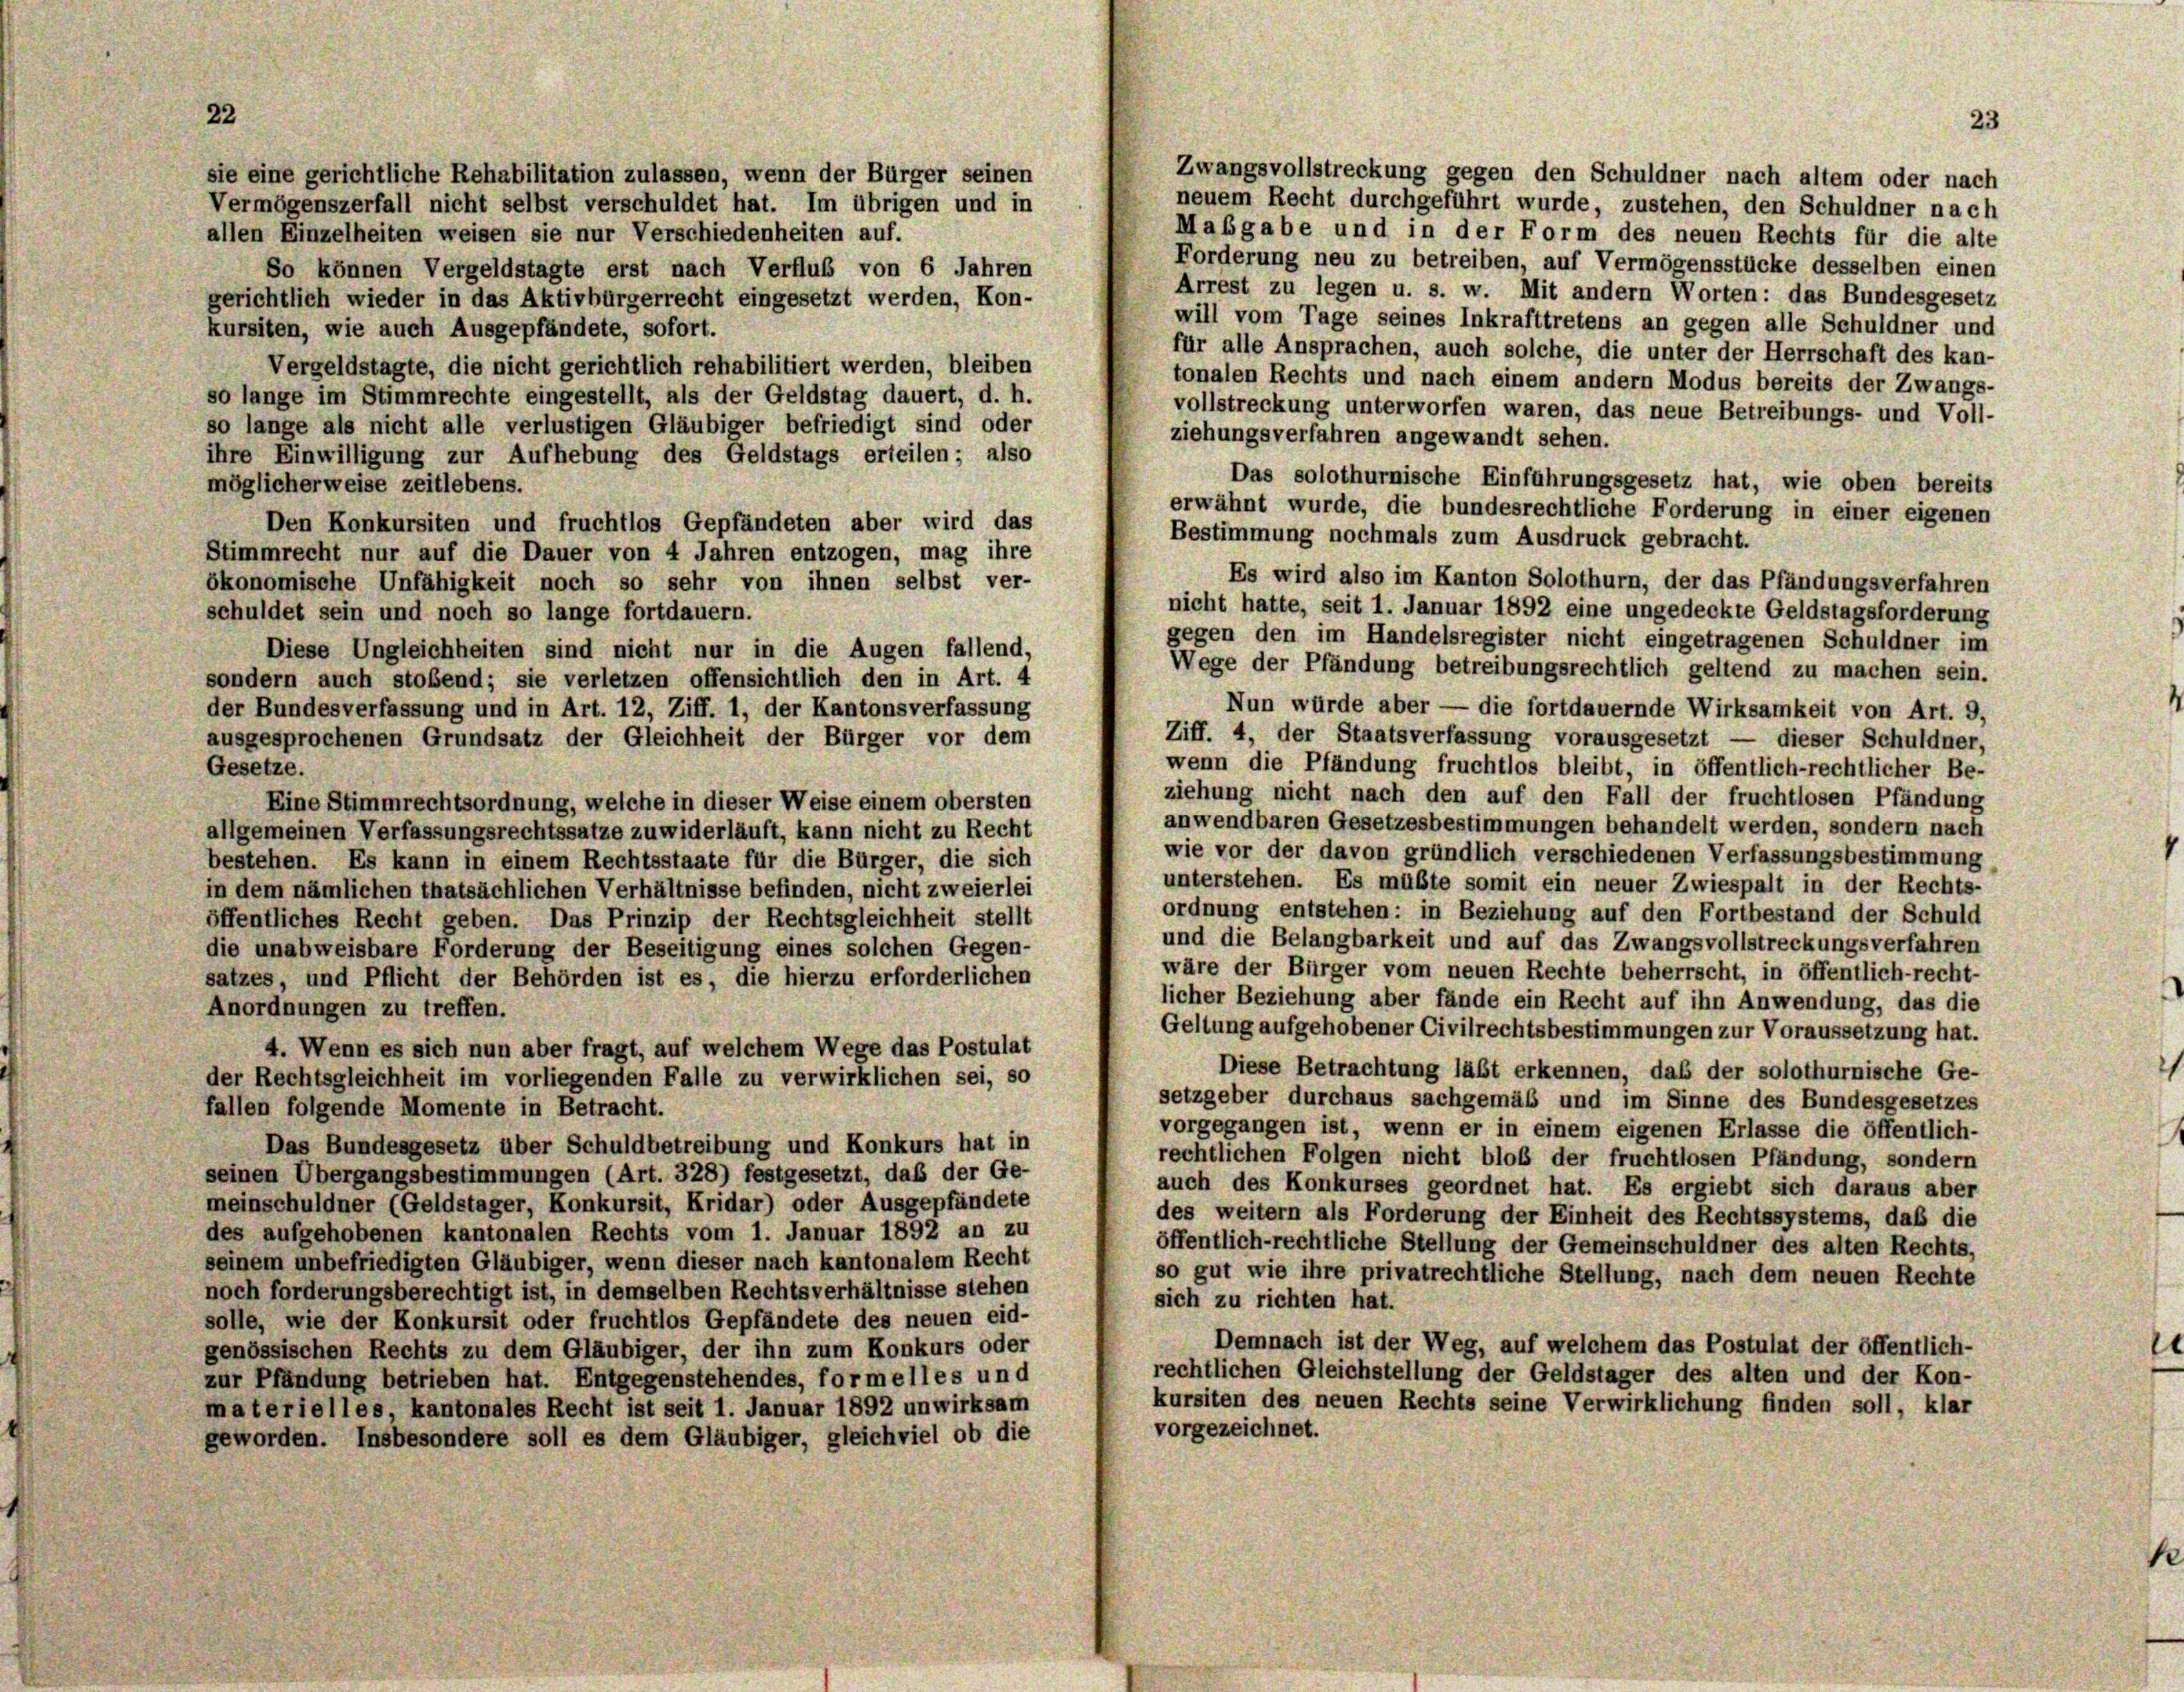
Zwangsvollstreckung gegen den Schuldner nach altem oder nach
sie eine gerichtliche Rehabilitation zulassen, wenn der Bürger seinen
neuem Recht durchgeführt wurde, zustehen, den Schuldner nach
Vermögenszerfall nicht selbst verschuldet hat. Im übrigen und in
Mabgabe und in der Form des neuen Rechts für die alte
allen Einzelheiten weisen sie nur Verschiedenheiten auf.
Forderung neu zu betreiben, auf Vermögensstücke desselben einen
So können Vergeldstagte erst nach Verfluß von 6 Jahren
Arrest zu legen u. s. w. Mit andern Worten: das Bundesgesetz
gerichtlich wieder in das Aktivbürgerrecht eingesetzt werden, Kon-
will vom Tage seines Inkrafttretens an gegen alle Schuldner und
kursiten, wie auch Ausgepfändete, sofort.
für alle Ansprachen, auch solche, die unter der Herrschaft des kan-
Vergeldstagte, die nicht gerichtlich rehabilitiert werden, bleiben
tonalen Rechts und nach einem andern Modus bereits der Zwangs-
so lange im Stimmrechte eingestellt, als der Geldstag dauert, d. h.
vollstreckung unterworfen waren, das neue Betreibungs- und Voll-
so lange als nicht alle verlustigen Gläubiger befriedigt sind oder
ziehungsverfahren angewandt sehen.
ihre Einwilligung zur Aufhebung des Geldstags erteilen; also
Das solothurnische Einführungsgesetz hat, wie oben bereits
möglicherweise zeitlebens.
erwähnt wurde, die bundesrechtliche Forderung in einer eigenen
Den Konkursiten und fruchtlos Gepfändeten aber wird das
Bestimmung nochmals zum Ausdruck gebracht.
Stimmrecht nur auf die Dauer von 4 Jahren entzogen, mag ihre
Es wird also im Kanton Solothurn, der das Pfändungsverfahren
ökonomische Unfähigkeit noch so sehr von ihnen selbst ver-
nicht hatte, seit 1. Januar 1892 eine ungedeckte Geldstagsforderung
schuldet sein und noch so lange fortdauern.
gegen den im Handelsregister nicht eingetragenen Schuldner im
Diese Ungleichheiten sind nicht nur in die Augen fallend,
Wege der Pfändung betreibungsrechtlich geltend zu machen sein.
sondern auch stoßend; sie verletzen offensichtlich den in Art. 4
Nun würde aber — die fortdauernde Wirksamkeit von Art. 9,
der Bundesverfassung und in Art. 12, Ziff. 1, der Kantonsverfassung
Ziff. 4, der Staatsverfassung vorausgesetzt — dieser Schuldner,
ausgesprochenen Grundsatz der Gleichheit der Bürger vor dem
wenn die Pfändung fruchtlos bleibt, in öffentlich-rechtlicher Be-
Gesetze.
ziehung nicht nach den auf den Fall der fruchtlosen Pfändung
Eine Stimmrechtsordnung, welche in dieser Weise einem obersten
anwendbaren Gesetzesbestimmungen behandelt werden, sondern nach
allgemeinen Verfassungsrechtssätze zuwiderläuft, kann nicht zu Recht
wie vor der davon gründlich verschiedenen Verfassungsbestimmung
bestehen. Es kann in einem Rechtsstaate für die Bürger, die sich
unterstehen. Es müßte somit ein neuer Zwiespalt in der Rechts-
in dem nämlichen thatsächlichen Verhältnisse befinden, nicht zweierlei
ordnung entstehen: in Beziehung auf den Fortbestand der Schuld
öffentliches Recht geben. Das Prinzip der Rechtsgleichheit stellt
und die Belangbarkeit und auf das Zwangsvollstreckungsverfahren
die unabweisbare Forderung der Beseitigung eines solchen Gegen-
wäre der Bürger vom neuen Rechte beherrscht, in öffentlich-recht-
satzes, und Pflicht der Behörden ist es, die hierzu erforderlichen
licher Beziehung aber fände ein Recht auf ihn Anwendung, das die
Anordnungen zu treffen.
Geltung aufgehobener Civilrechtsbestimmungen zur Voraussetzung hat.
4. Wenn es sich nun aber fragt, auf welchem Wege das Postulat
Diese Betrachtung läßt erkennen, daß der solothurnische Ge-
der Rechtsgleichheit im vorliegenden Falle zu verwirklichen sei, so
setzgeber durchaus sachgemäß und im Sinne des Bundesgesetzes
fallen folgende Momente in Betracht.
vorgegangen ist, wenn er in einem eigenen Erlasse die öffentlich-
Das Bundesgesetz über Schuldbetreibung und Konkurs hat in
rechtlichen Folgen nicht bloß der fruchtlosen Pfändung, sondern
seinen Übergangsbestimmungen (Art. 328) festgesetzt, daß der Ge-
auch des Konkurses geordnet hat. Es ergiebt sich daraus aber
meinschuldner (Geldstager, Konkursit, Kridar) oder Ausgepfändete
des weitern als Forderung der Einheit des Rechtssystems, daß die
des aufgehobenen kantonalen Rechts vom 1. Januar 1892 an zu
öffentlich-rechtliche Stellung der Gemeinschuldner des alten Rechts,
seinem unbefriedigten Gläubiger, wenn dieser nach kantonalem Recht
so gut wie ihre privatrechtliche Stellung, nach dem neuen Rechte
noch forderungsberechtigt ist, in demselben Rechtsverhältnisse stehen
sich zu richten hat.
solle, wie der Konkursit oder fruchtlos Gepfändete des neuen eid-
Demnach ist der Weg, auf welchem das Postulat der öffentlich-
genössischen Rechts zu dem Gläubiger, der ihn zum Konkurs oder
rechtlichen Gleichstellung der Geldstager des alten und der Kon-
zur Pfändung betrieben hat. Entgegenstehendes, formelles und
kursiten des neuen Rechts seine Verwirklichung finden soll, klar
materielles, kantonales Recht ist seit 1. Januar 1892 unwirksam
vorgezeichnet.
geworden. Insbesondere soll es dem Gläubiger, gleichviel ob die

23